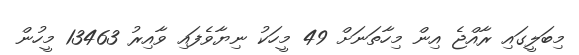
މިބަލީގައި ރާއްޖެ އިން މިހާތަނަށް 49 މީހަކު ނިޔާވެފައި ވާއިރު 13463 މީހުން